Vaccine operations Central Provinces 1900-1911 - 1900-1911
Year: 1900
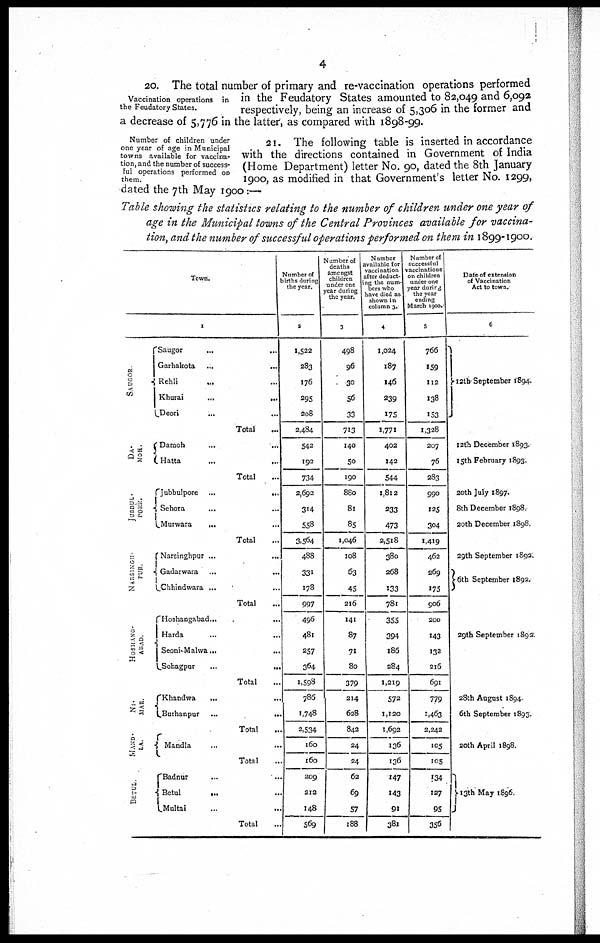
4
Vaccination operations in
the Feudatory States.
20. The total number of primary and re-vaccination operations performed
in the Feudatory States amounted to 82,049 and 6,092
respectively, being an increase of 5,306 in the former and
a decrease of 5,776 in the latter, as compared with 1898-99.
Number of children under
one year of age in Municipal
towns available for vaccina-
tion, and the number of success-
ful operations performed on
them.
21. The following table is inserted in accordance
with the directions contained in Government of India
(Home Department) letter No. 90, dated the 8th January
1900, as modified in that Government's letter No. 1299,
dated the 7th May 1900 :—
Table showing the statistics relating to the number of children under one year of
age in the Municipal towns of the Central Provinces available for vaccina-
tion, and the number of successful operations performed on them in 1899-1900.
Town.
1
SAUGOR
DA.
MOH.
JUBBUL.
PORE.
NARSINGH.
PUR.
HOSHANG.
ABAD.
NI.
MAR.
MAND.
LA.
BETUL.
Saugor... ...
Garhakota ... ...
Rehli... ...
Khurai
...
...
Deori... ...
Total...
Damoh... ...
Hatta
...
...
Total...
Jubbulpore ...
...
Sehora...
...
...
Murwara... ...
Total...
Narsinghpur... ...
Gadarwara... ...
Chhindwara... ...
Total...
Hoshangabad... ...
Harda... ...
Seoni.Malwa... ...
Sohagpur... ...
Total...
Khandwa
... ...
Burhanpur ...
...
Total
...
Mandla... ...
Total...
Badnur... ...
Betul
... ...
Multai
...
...
Total...
Number of
births during
the year.
2
1,522
283
176
295
208
2,484
542
192
734
2,692
314
558
3,564
488
331
178
997
496
481
257
364
1,598
786
1,748
2,534
160
160
209
212
148
569
Number of
deaths
amongst
children
under one
year during
the year.
3
498
96
30
56
33
713
140
50
190
880
81
85
1,046
108
63
45
216
141
87
71
80
379
214
628
842
24
24
62
69
57
188
Number
available for
vaccination
after deduct-
ing the num-
bers who
have died as
shown in
column 3.
4
1,024
187
146
239
175
1,771
402
142
544
1,812
233
473
2,518
380
268
133
781
355
394
186
284
1,219
572
1,120
1,692
136
136
147
143
91
381
Number of
successful
vaccinations
on children
under one
year during
the year
ending
March 1900.
5
766
159
112
138
153
1,328
207
76
283
990
125
304
1,419
462
269
175
906
200
143
132
216
691
779
1,463
2,242
105
105
134
127
95
356
Date of extension
of Vaccination
Act to town.
6
12th September 1894.
12th December 1893.
15th February 1893.
20th July 1897.
8th December 1898
20th December 1898.
29th September 1892.
6th September 1892.
29th September 1892
28th August 1894
6th September 1893.
20th April 1898.
13th May 1896.